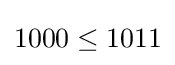
1000\leq 1011